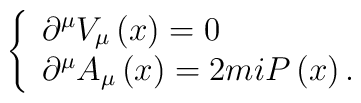
\left\{ \begin{array}{l}\partial ^{\mu }V_{\mu }\left( x\right) =0 \\ \partial ^{\mu }A_{\mu }\left( x\right) =2miP\left( x\right) .\end{array}\right.